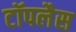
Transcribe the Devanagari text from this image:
टॉपलैस